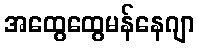
အထွေထွေမန်နေဂျာ